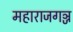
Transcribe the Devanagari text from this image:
महाराजगञ्ज